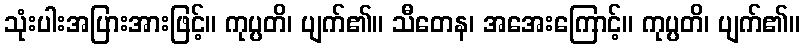
သုံးပါးအပြားအားဖြင့်။ ကုပ္ပတိ၊ ပျက်၏။ သီတေန၊ အအေးကြောင့်။ ကုပ္ပတိ၊ ပျက်၏။